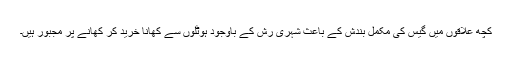
کچھ علاقوں میں گیس کی مکمل بندش کے باعث شہری رش کے باوجود ہوٹلوں سے کھانا خرید کر کھانے پر مجبور ہیں۔